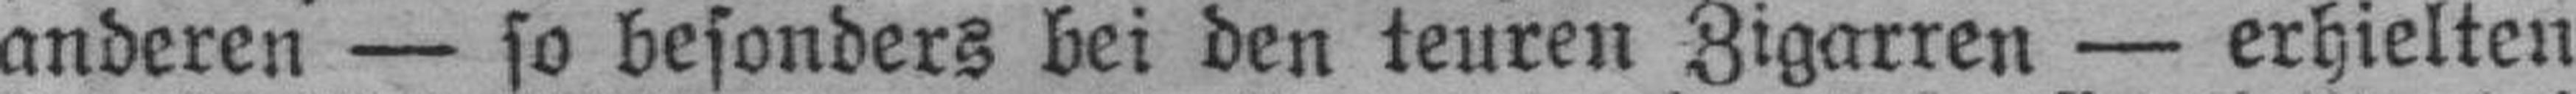
anderen — so besonders bei den teuren Zigarren — erhielten